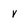
Character: v